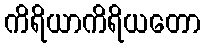
ကိရိယာကိရိယတော